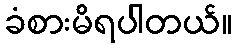
ခံစားမိရပါတယ်။